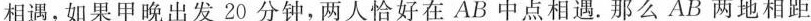
相遇，如果甲晚出发20分钟，两人恰好在AB中点相遇。那么AB两地相距